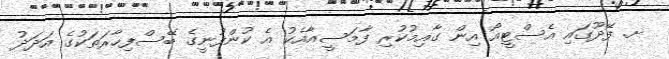
ށ. ފޭދޫގައި އެސްޓީއޯ އިން ގާއިމުކުރި ފާމަސީއާއެކު އެ ކުންފުނީގެ ބޭސްފިހާރަތަކުގެ އަދަދު